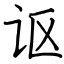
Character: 讴